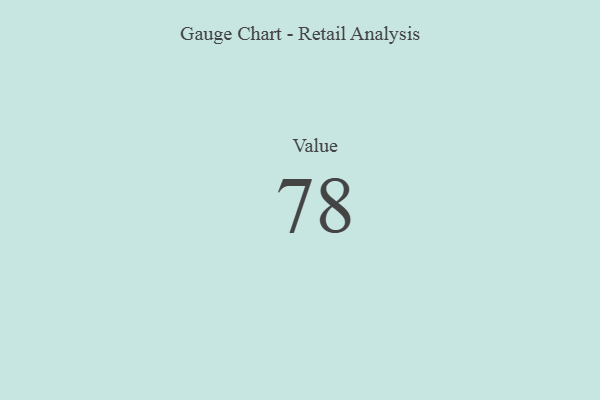
{"axis": {"x": "Metric", "y": "Value"}, "legend": [""], "data": [{"x": "Value", "y": 78, "type": ""}]}